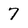
Character: 7